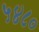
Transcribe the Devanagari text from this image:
५४८०